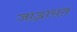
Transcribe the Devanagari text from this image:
जाद्भारात